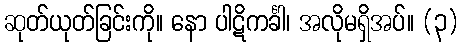
ဆုတ်ယုတ်ခြင်းကို။ နော ပါဋိကင်္ခါ၊ အလိုမရှိအပ်။ (၃)